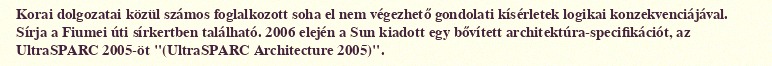
Korai dolgozatai közül számos foglalkozott soha el nem végezhető gondolati kísérletek logikai konzekvenciájával. Sírja a Fiumei úti sírkertben található. 2006 elején a Sun kiadott egy bővített architektúra-specifikációt, az UltraSPARC 2005-öt "(UltraSPARC Architecture 2005)".